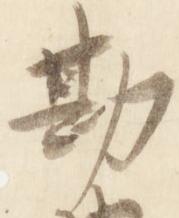
勘